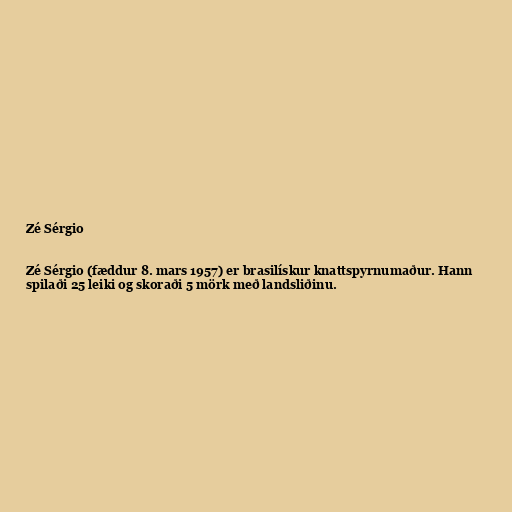
Zé Sérgio

Zé Sérgio (fæddur 8. mars 1957) er brasilískur knattspyrnumaður. Hann
spilaði 25 leiki og skoraði 5 mörk með landsliðinu.